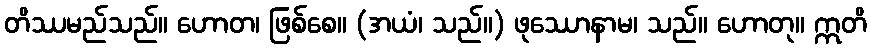
တိဿမည်သည်။ ဟောတ၊ ဖြစ်စေ။ (အယံ၊ သည်။) ဖုဿောနာမ၊ သည်။ ဟောတု။ ဣတိ